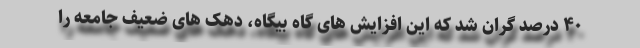
۴۰ درصد گران شد که این افزایش های گاه بیگاه، دهک های ضعیف جامعه را